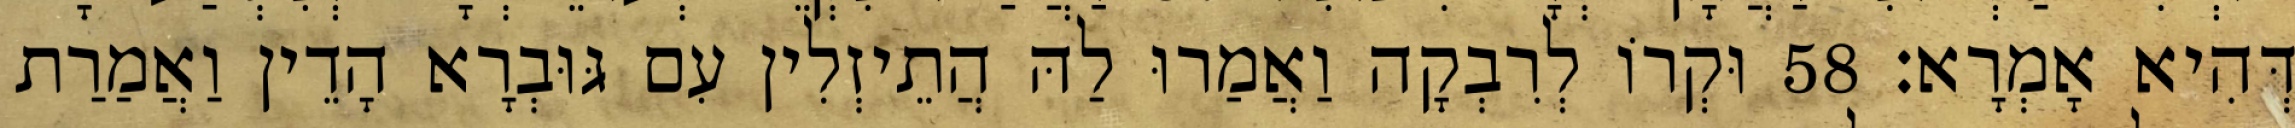
דְּהִיא אָמְרָא׃ 58 וּקְרוֹ לְרִבְקָה וַאֲמַרוּ לַהּ הֲתֵיזְלִין עִם גּוּבְרָא הָדֵין וַאֲמַרַת